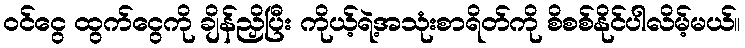
ဝင်ငွေ ထွက်ငွေကို ချိန်ညှိပြီး ကိုယ့်ရဲ့အသုံးစာရိတ်ကို စိစစ်နိုင်ပါလိမ့်မယ်။